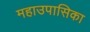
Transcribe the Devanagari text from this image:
महाउपासिका